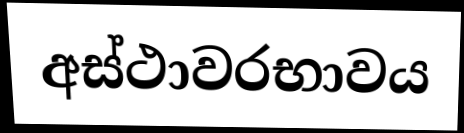
අස්ථාවරභාවය